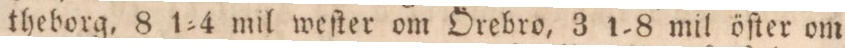
theborg, 8 1=4 mil weſter om Örebro, 3 1=8 mil öſter om